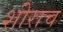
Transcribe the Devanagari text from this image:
शीराच